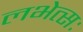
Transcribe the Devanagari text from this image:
लभेत्सः